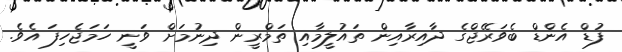
ފުޑް އެންޑް ބެވަރޭޖްގެ ދާއިރާއިން ތައުލީމާއި ތަމްރީން ދިނުމަށް ވަނީ ހަމަޖެހިފަ އެވެ.